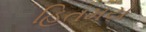
હિતમય